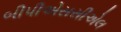
બીપીએસસીએલ